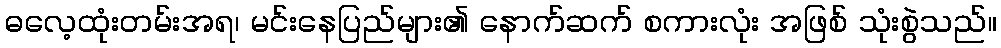
ဓလေ့ထုံးတမ်းအရ၊ မင်းနေပြည်များ၏ နောက်ဆက် စကားလုံး အဖြစ် သုံးစွဲသည်။